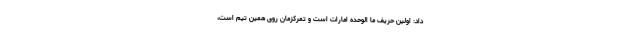
داد: اولین حریف ما الوحده امارات است و تمرکزمان روی همین تیم است،